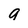
Character: 9